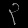
Digit: ၃